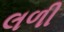
લળી